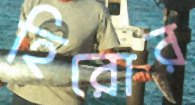
হিরোর